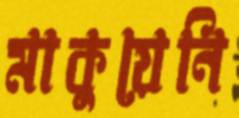
মাকুয়েনি